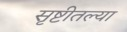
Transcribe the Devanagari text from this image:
सृष्टीतल्या